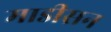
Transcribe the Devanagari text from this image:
माडीसन